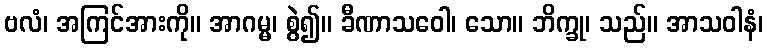
ဗလံ၊ အကြင်အားကို။ အာဂမ္မ၊ စွဲ၍။ ခီဏာသဝေါ၊ သော။ ဘိက္ခု၊ သည်။ အာသဝါနံ၊